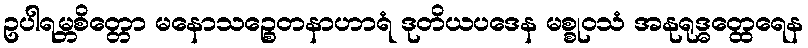
ဥပါရမ္ဘစိတ္တော မနောသဉ္စေတနာဟာရံ ဒုတိယပဒေန မစ္စုဝသံ အနုရုဒ္ဓတ္ထေရေန